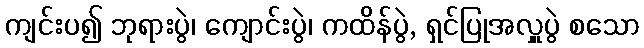
ကျင်းပ၍ ဘုရားပွဲ၊ ကျောင်းပွဲ၊ ကထိန်ပွဲ, ရှင်ပြုအလှူပွဲ စသော